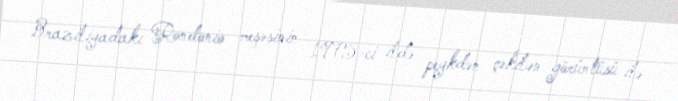
Braziliyadakı Rondonio meşəsinin 1975-ci ildə peykdən çəkilən görüntüsü ilə